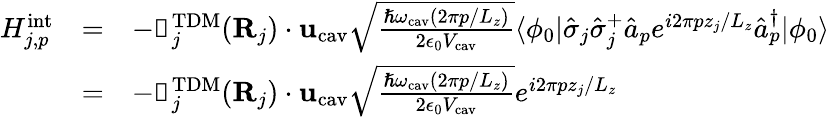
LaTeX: \begin{array}{ccl}{H_{j,p}^{\mathrm{int}}}&{=}&{-{\boldsymbol{\upmu}}_{j}^{\mathrm{TDM}}({\mathbf{R}}_{j})\cdot{\mathbf{u}}_{\mathrm{cav}}\sqrt{\frac{\hslash\omega_{\mathrm{cav}}(2\pi p/L_{z})}{2\epsilon_{0}V_{\mathrm{cav}}}}\langle\phi_{0}|\hat{\sigma}_{j}\hat{\sigma}_{j}^{+}\hat{a}_{p}e^{i2\pi pz_{j}/L_{z}}\hat{a}_{p}^{\dagger}|\phi_{0}\rangle}\\ &{=}&{-{\boldsymbol{\upmu}}_{j}^{\mathrm{TDM}}({\mathbf{R}}_{j})\cdot{\mathbf{u}}_{\mathrm{cav}}\sqrt{\frac{\hslash\omega_{\mathrm{cav}}(2\pi p/L_{z})}{2\epsilon_{0}V_{\mathrm{cav}}}}e^{i2\pi pz_{j}/L_{z}}}\end{array}